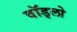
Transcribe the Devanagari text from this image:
वॉड्लो